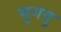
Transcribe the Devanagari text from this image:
भुगदू